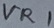
Text: VR1